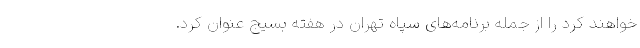
خواهند کرد را از جمله برنامه‌های سپاه تهران در هفته بسیج عنوان کرد.